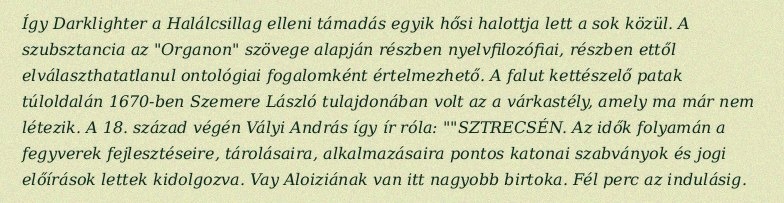
Így Darklighter a Halálcsillag elleni támadás egyik hősi halottja lett a sok közül. A szubsztancia az "Organon" szövege alapján részben nyelvfilozófiai, részben ettől elválaszthatatlanul ontológiai fogalomként értelmezhető. A falut kettészelő patak túloldalán 1670-ben Szemere László tulajdonában volt az a várkastély, amely ma már nem létezik. A 18. század végén Vályi András így ír róla: ""SZTRECSÉN. Az idők folyamán a fegyverek fejlesztéseire, tárolásaira, alkalmazásaira pontos katonai szabványok és jogi előírások lettek kidolgozva. Vay Aloiziának van itt nagyobb birtoka. Fél perc az indulásig.